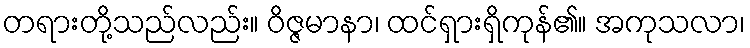
တရားတို့သည်လည်း။ ဝိဇ္ဇမာနာ၊ ထင်ရှားရှိကုန်၏။ အကုသလာ၊